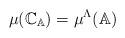
LaTeX: \begin{align*}\mu(\mathbb{C}_{\mathbb{A}}) = \mu^\Lambda (\mathbb{A})\end{align*}